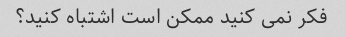
فکر نمی کنید ممکن است اشتباه کنید؟